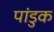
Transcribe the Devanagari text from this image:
पांडुक